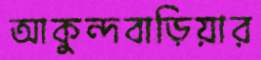
আকুন্দবাড়িয়ার